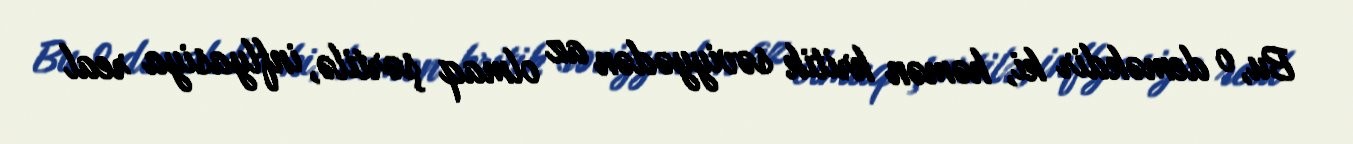
Bu, o deməkdir ki, həmən kritik səviyyədən az olmaq şərtilə, inflyasiya real